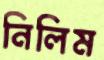
নিলিম